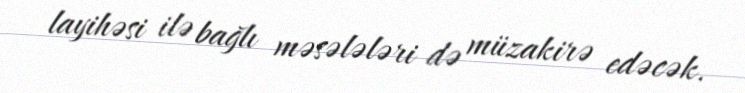
layihəsi ilə bağlı məsələləri də müzakirə edəcək.